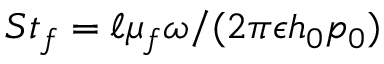
S t _ { f } = \ell \mu _ { f } \omega / ( 2 \pi \epsilon h _ { 0 } p _ { 0 } )